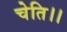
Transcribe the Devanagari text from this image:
चेति।।